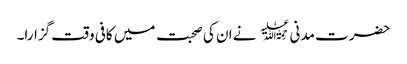
حضرت مدنی ﷫ نے ان کی صحبت میں کافی وقت گزارا۔